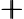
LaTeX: \pmb{+}